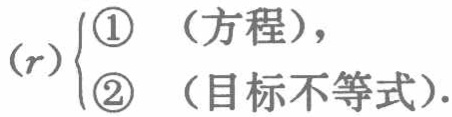
\((r)\begin{cases}\textcircled{1} \quad (\text{方程}),\\\textcircled{2} \quad (\text{目标不等式}).\end{cases}\)